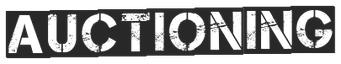
AUCTIONING